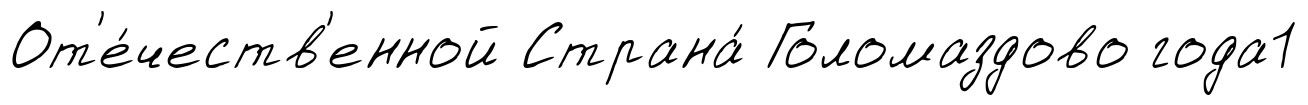
От'е́честв'енной Страна́ Голомаздово года1